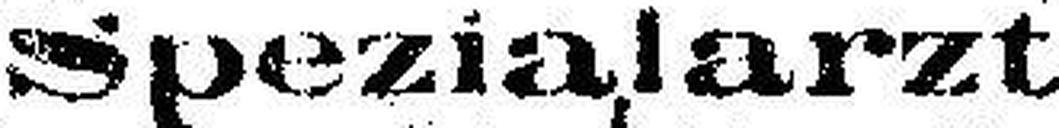
Spezialarzt